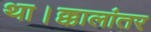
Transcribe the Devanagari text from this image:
था।क्कालांतर